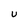
Character: U